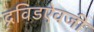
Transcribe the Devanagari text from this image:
द्रविडऐवजी